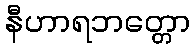
နီဟာရဘတ္တော